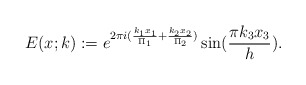
\begin{align*}E(x;k):=e^{2\pi i (\frac{k_1x_1}{\Pi_1}+\frac{k_2x_2}{\Pi_2})}\sin(\frac{\pi k_3x_3}{h}).\end{align*}